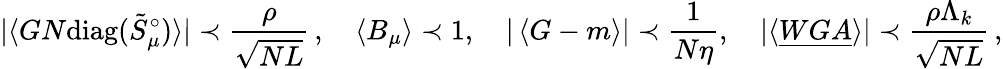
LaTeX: |\langle GN\mathrm{diag}(\tilde{S}_{\mu}^{\circ})\rangle|\prec\frac{\rho}{\sqrt{NL}}\, ,\quad\left\langle{B_{\mu}}\right\rangle\prec 1,\quad|\left\langle{G-m}\right\rangle|\prec\frac{1}{N\eta},\quad|\langle{\underline{{WGA}}}\rangle|\prec\frac{\rho\Lambda_{k}}{\sqrt{NL}}\, ,